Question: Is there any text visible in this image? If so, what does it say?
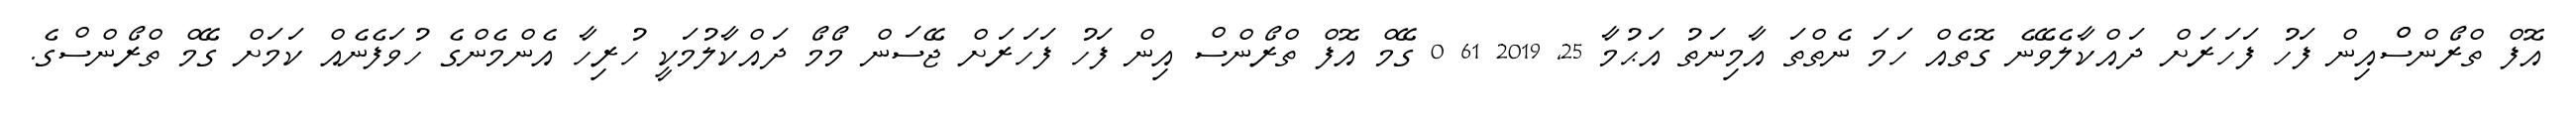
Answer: އޮފް ތްރޯންސްްއިން ފަހު ފަހަރަށް ދައްކާލެވޭނެ ގޮތެއް ހަމަ ނެތްތަ އާމިނަތު އަޙުމާ 25, 2019 61 0 ގޭމް އޮފް ތްރޯންސް އިން ފަހު ފަހަރަށް ޖޭސަން މޯމޯ ދައްކާލުމަކީ ހުރިހާ އެންމެންގެ ހުވަފެނެއް ކަމަށް ގޭމް ތްރޯންސްގެ.